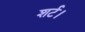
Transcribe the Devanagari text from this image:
शर्ट।